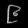
Digit: ၉